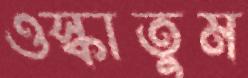
ওস্‌কাতুম